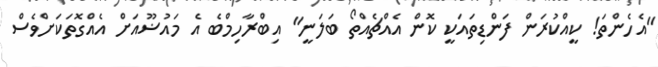
"އެހެންތަ! ކީއްކުރަން ފަންޑިތައަކީ ކޮން އެއްޗެއްތޯ ބަލަނީ" އިބްރާހިމްބެ އެ މައުޟޫއަށް އެއްގޮތަކަށްވެސް